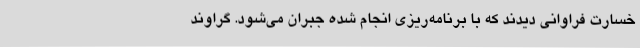
خسارت فراوانی دیدند که با برنامه‌ریزی انجام شده جبران می‌شود. گراوند